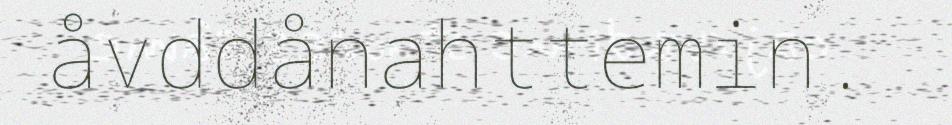
åvddånahttemin.